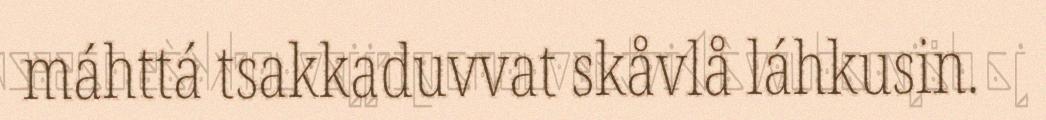
máhttá tsakkaduvvat skåvlå láhkusin.